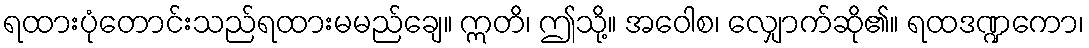
ရထားပုံတောင်းသည်ရထားမမည်ချေ။ ဣတိ၊ ဤသို့။ အဝေါစ၊ လျှောက်ဆို၏။ ရထဒဏ္ဍကော၊